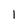
Character: 1